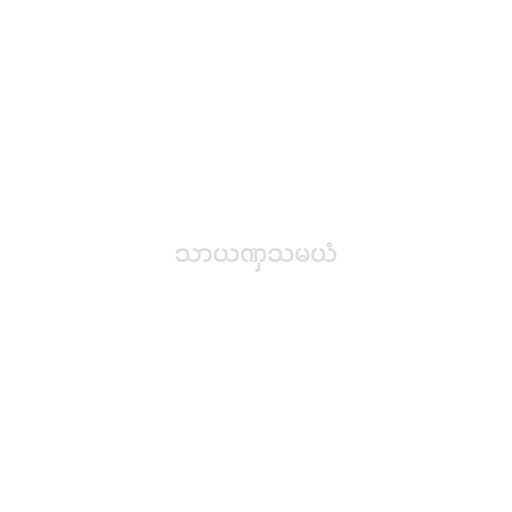
သာယဏှသမယံ